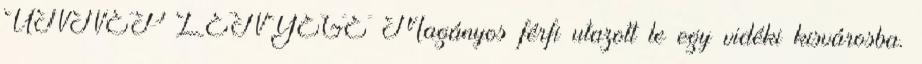
ÜNNEP LÉNYEGE Magányos férfi utazott le egy vidéki kisvárosba.